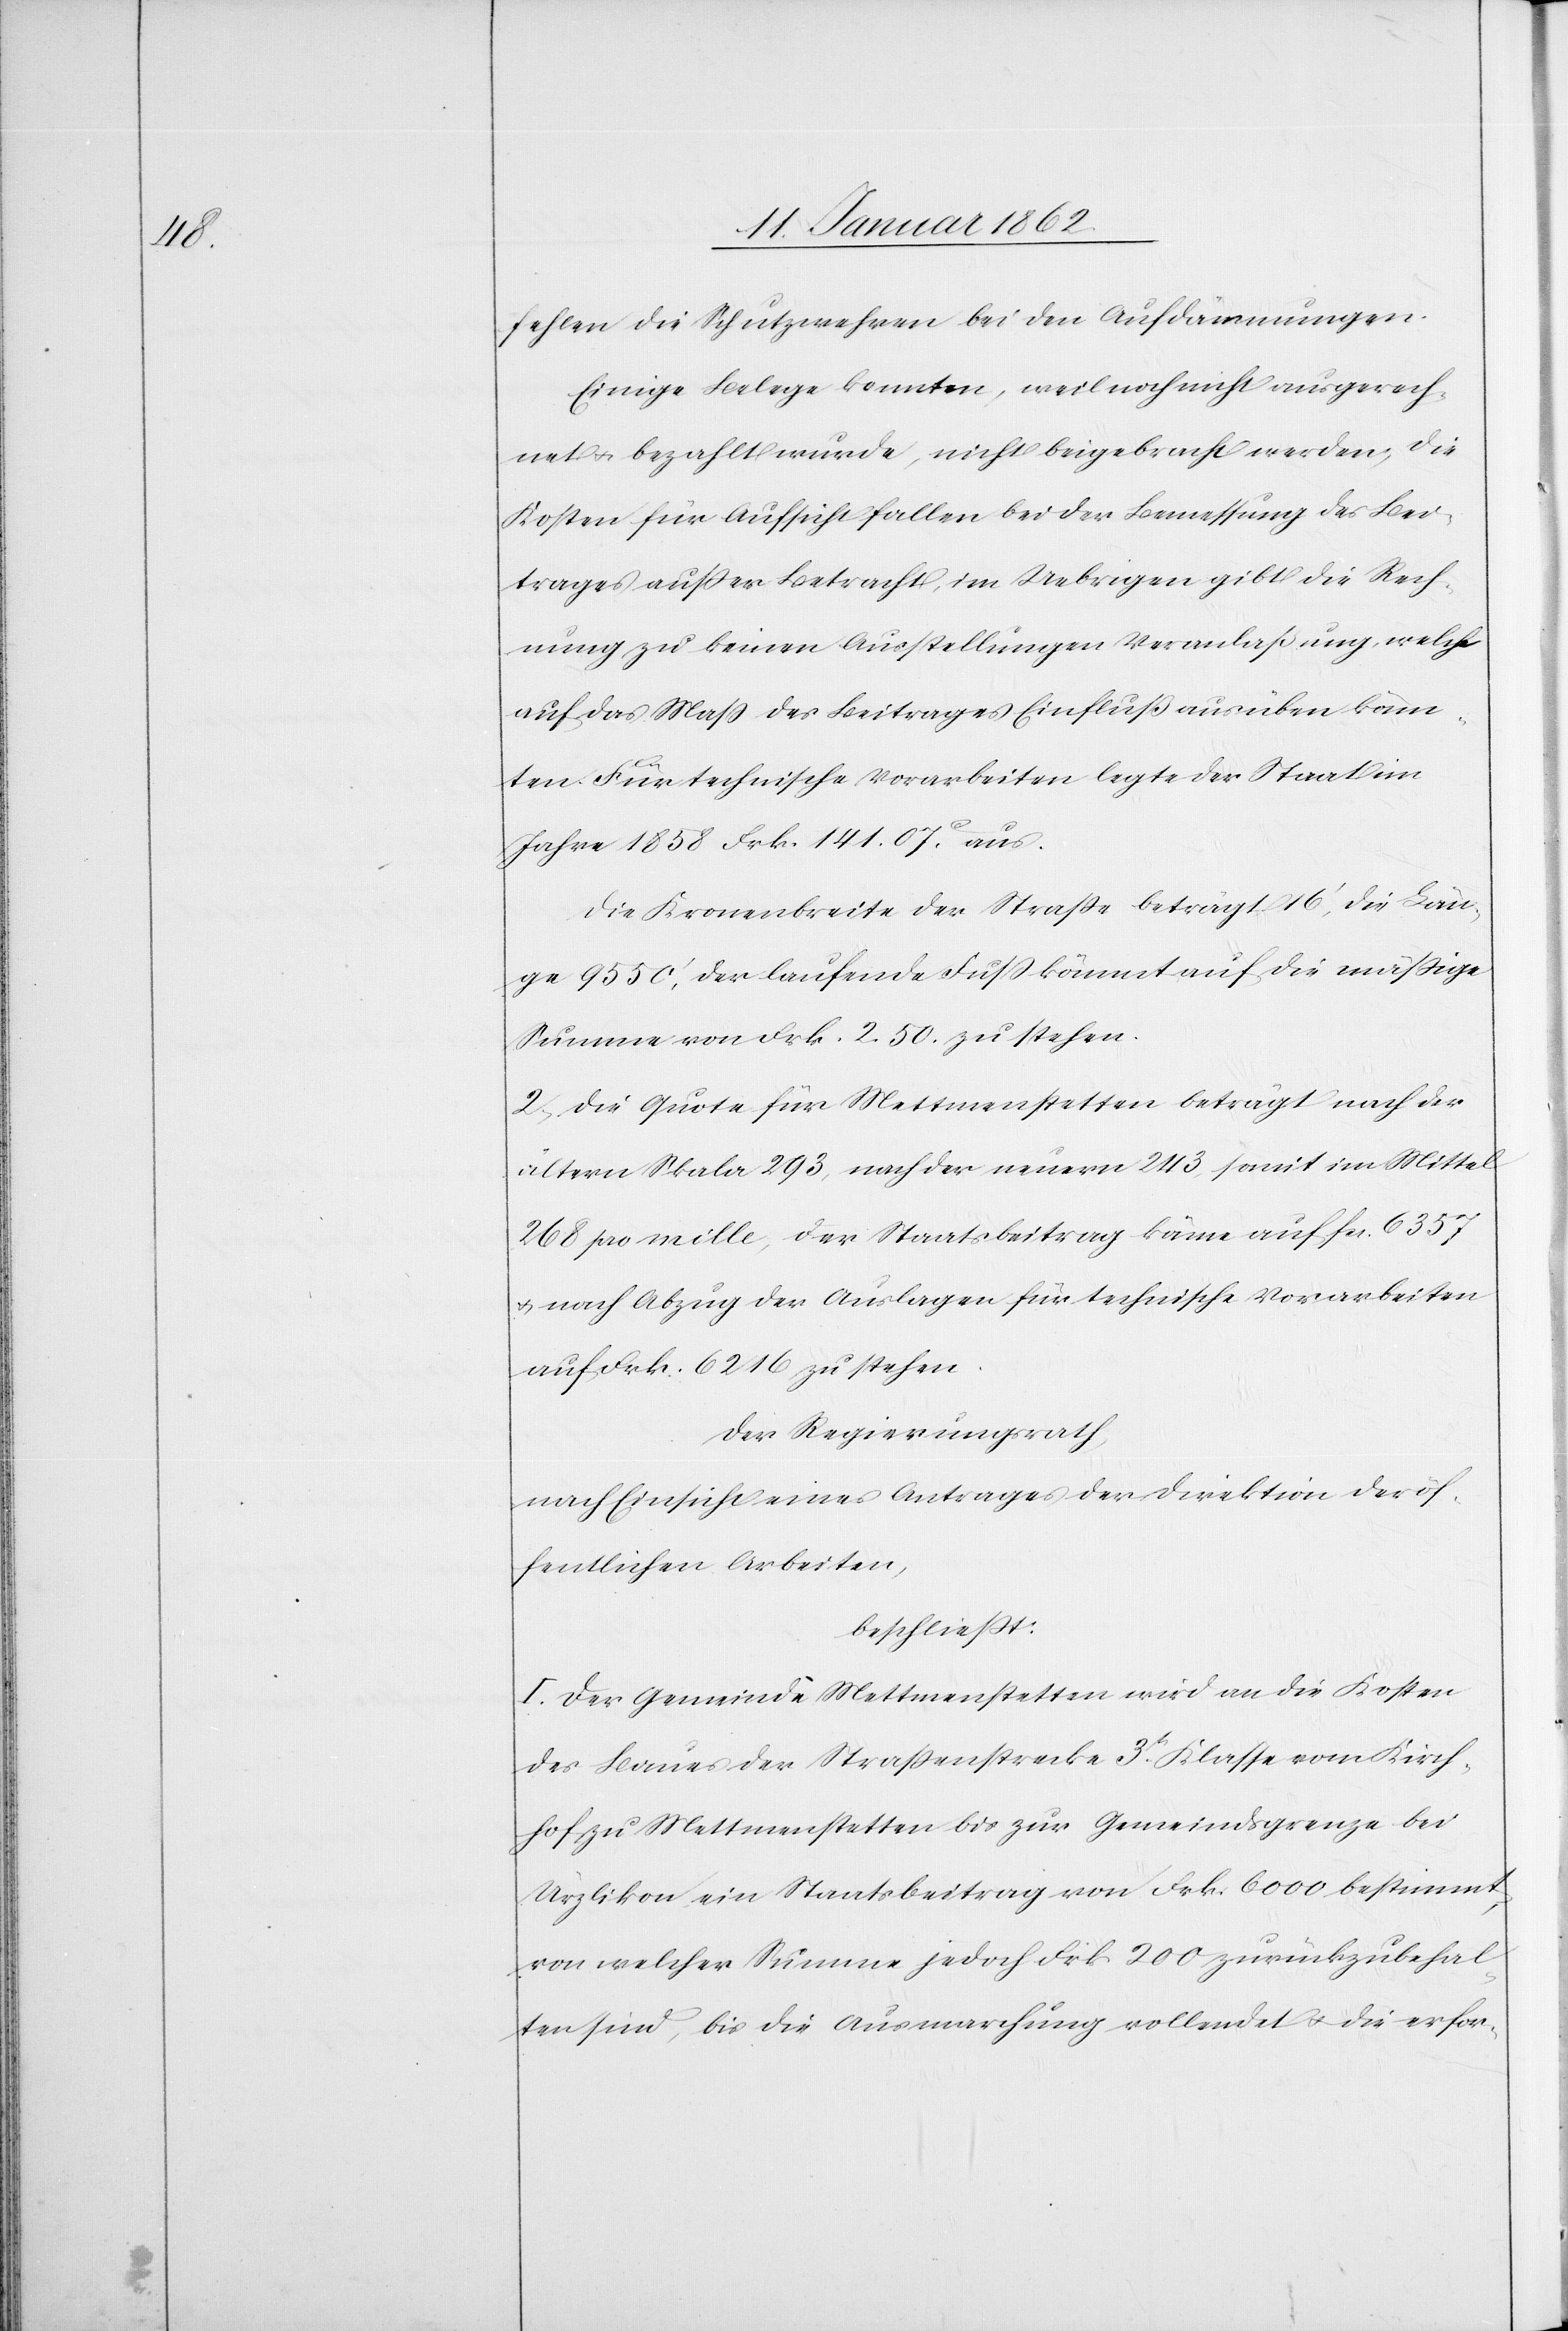
fehlen die Schutzwehren bei den Aufdämmungen.
Einige Belege konnten, weil noch nicht ausgerech¬
net u. bezahlt wurde, nicht beigebracht werden, die
Kosten für Aufsicht fallen bei der Bemessung des Bei¬
trages außer Betracht, im Uebrigen gibt die Rech¬
nung zu keinen Ausstellungen Veranlaßung, welche
auf das Maß des Beitrages Einfluß ausüben könn¬
ten. Für technische Vorarbeiten legte der Staat im
Jahre 1858 Frk. 141.07 aus.
Die Kronenbreite der Straße beträgt 16‘, die Län¬
ge 9550‘, der laufende Fuß kömmt auf die mäßige
Summe von Frk. 2.50. zu stehen.
2. Die Quote für Mettmenstetten beträgt nach der
ältern Skala 293, nach der neuern 243, somit im Mittel
268 pro mille, der Staatsbeitrag käme auf Fcs. 6357
u. nach Abzug der Auslagen für technische Vorarbeiten
auf Frk. 6216 zu stehen.
Der Regierungsrath,
nach Einsicht eines Antrages der Direktion der öf¬
fentlichen Arbeiten,
beschließt:
I. Der Gemeinde Mettmenstetten wird an die Kosten
des Baues der Straßenstrecke 3tr. Klasse vom Kirch¬
hof zu Mettmenstetten bis zur Gemeindsgrenze bei
Ürzlikon ein Staatsbeitrag von Frk. 6000 bestimmt,
von welcher Summe jedoch Frk 200 zurückzubehal¬
ten sind, bis die Ausmarchung vollendet u. die erfor-